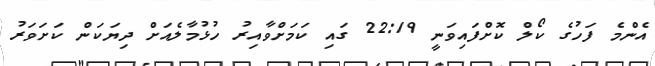
އެންމެ ފަހުގެ ކޯލް ކޮށްފައިވަނީ 22:19 ގައި ކަމަށްވާއިރު ހުޅުމާލެއަށް ދިޔަކަން ކަށަވަރު